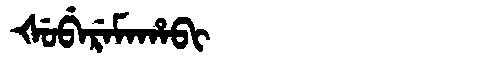
Manchu: ᡧᡠᠪᡝᡵᡝᠮᠠᡥᠠᠪᡳ
Romanization: ŠUBEREMAHABI